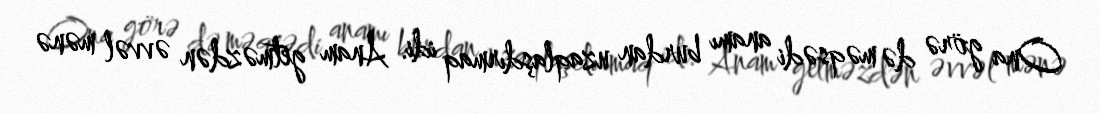
Ona görə də məqsədi anamı burdan uzaqlaşdırmaq idi. Anam getməzdən əvvəl mənə